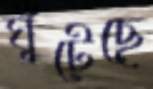
ঘুঁটেছে